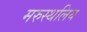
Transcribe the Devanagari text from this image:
मरुस्थलिय